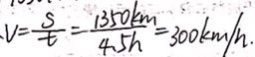
V = \frac { s } { t } = \frac { 1 3 5 0 k m } { 4 . 5 h } = 3 0 0 k m / h .